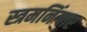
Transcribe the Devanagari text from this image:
स्त्रमनिंगार